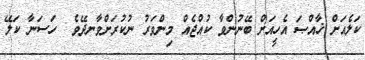
ކަލެއަށް ޚާއްޞަ އެހީއަށް ބޭނުންވާ ކުއްޖެއް މިންވަރު ނުކުރަށްވާނދޭވެ  ހަސަނާ ކަލޭ